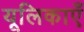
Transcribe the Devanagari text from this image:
यूलिकाएँ